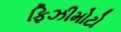
ફિઝીમોટો